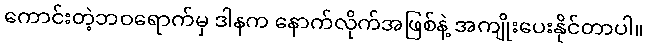
ကောင်းတဲ့ဘဝရောက်မှ ဒါနက နောက်လိုက်အဖြစ်နဲ့ အကျိုးပေးနိုင်တာပါ။